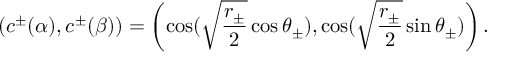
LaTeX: ( c ^ { \pm } ( \alpha ) , c ^ { \pm } ( \beta ) ) = \left( \cos ( \sqrt { \frac { r _ { \pm } } { 2 } } \cos \theta _ { \pm } ) , \cos ( \sqrt { \frac { r _ { \pm } } { 2 } } \sin \theta _ { \pm } ) \right) .